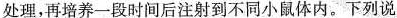
处理，再培养一段时间后注射到不同小鼠体内。下列说